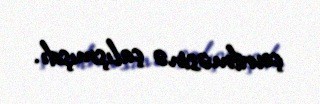
çevrilməsinə çalışmışdı.